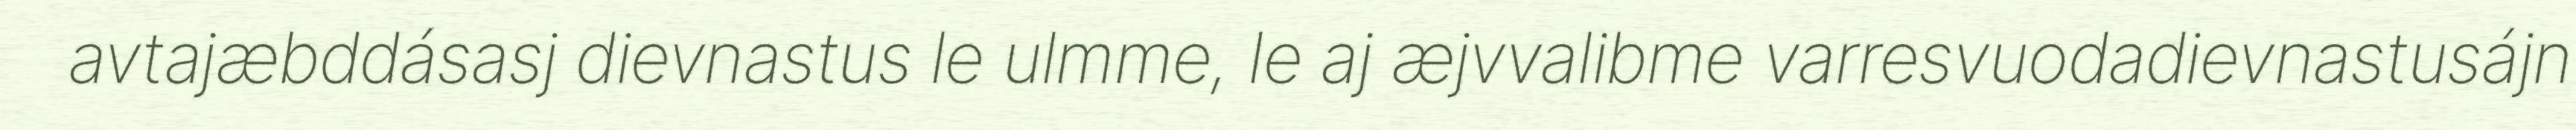
avtajæbddásasj dievnastus le ulmme, le aj æjvvalibme varresvuodadievnastusájn